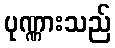
ပုဏ္ဏားသည်